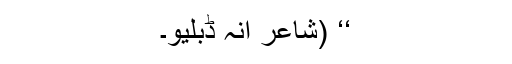
‘‘ (شاعر آنہ ڈبلیو۔